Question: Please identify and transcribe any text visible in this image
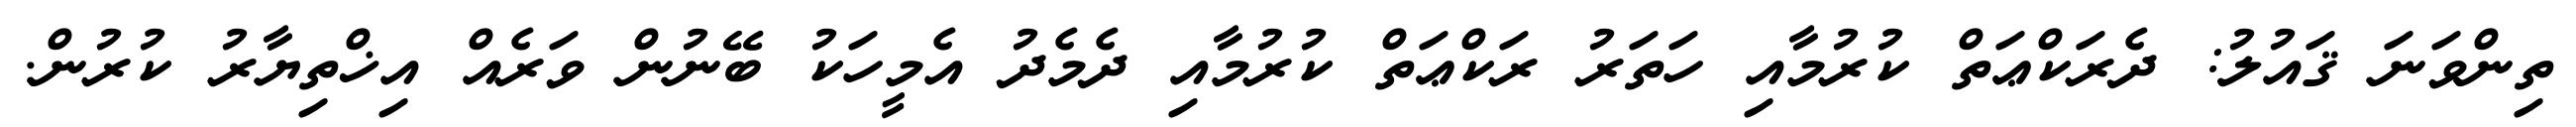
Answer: ތިންވަނަ ޤައުލު: ދެރަކްޢަތް ކުރުމާއި ހަތަރު ރަކްޢަތް ކުރުމާއި ދެމެދު އެމީހަކު ބޭނުން ވަރެއް އިޚްތިޔާރު ކުރުން.